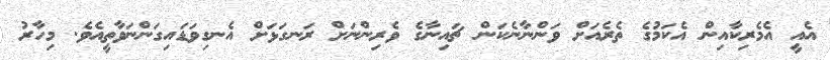
އެއީ އެމެރިކާއިން އެކަމުގެ ތެރެއަށް ވަންނާނެކަން ޗައިނާގެ ވެރިންނަށް ރަނގަޅަށް އެނގިވަޑައިގަންނަވާތީއެވެ. މިހާރު